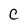
Character: C